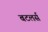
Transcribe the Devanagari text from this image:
बटलर्स